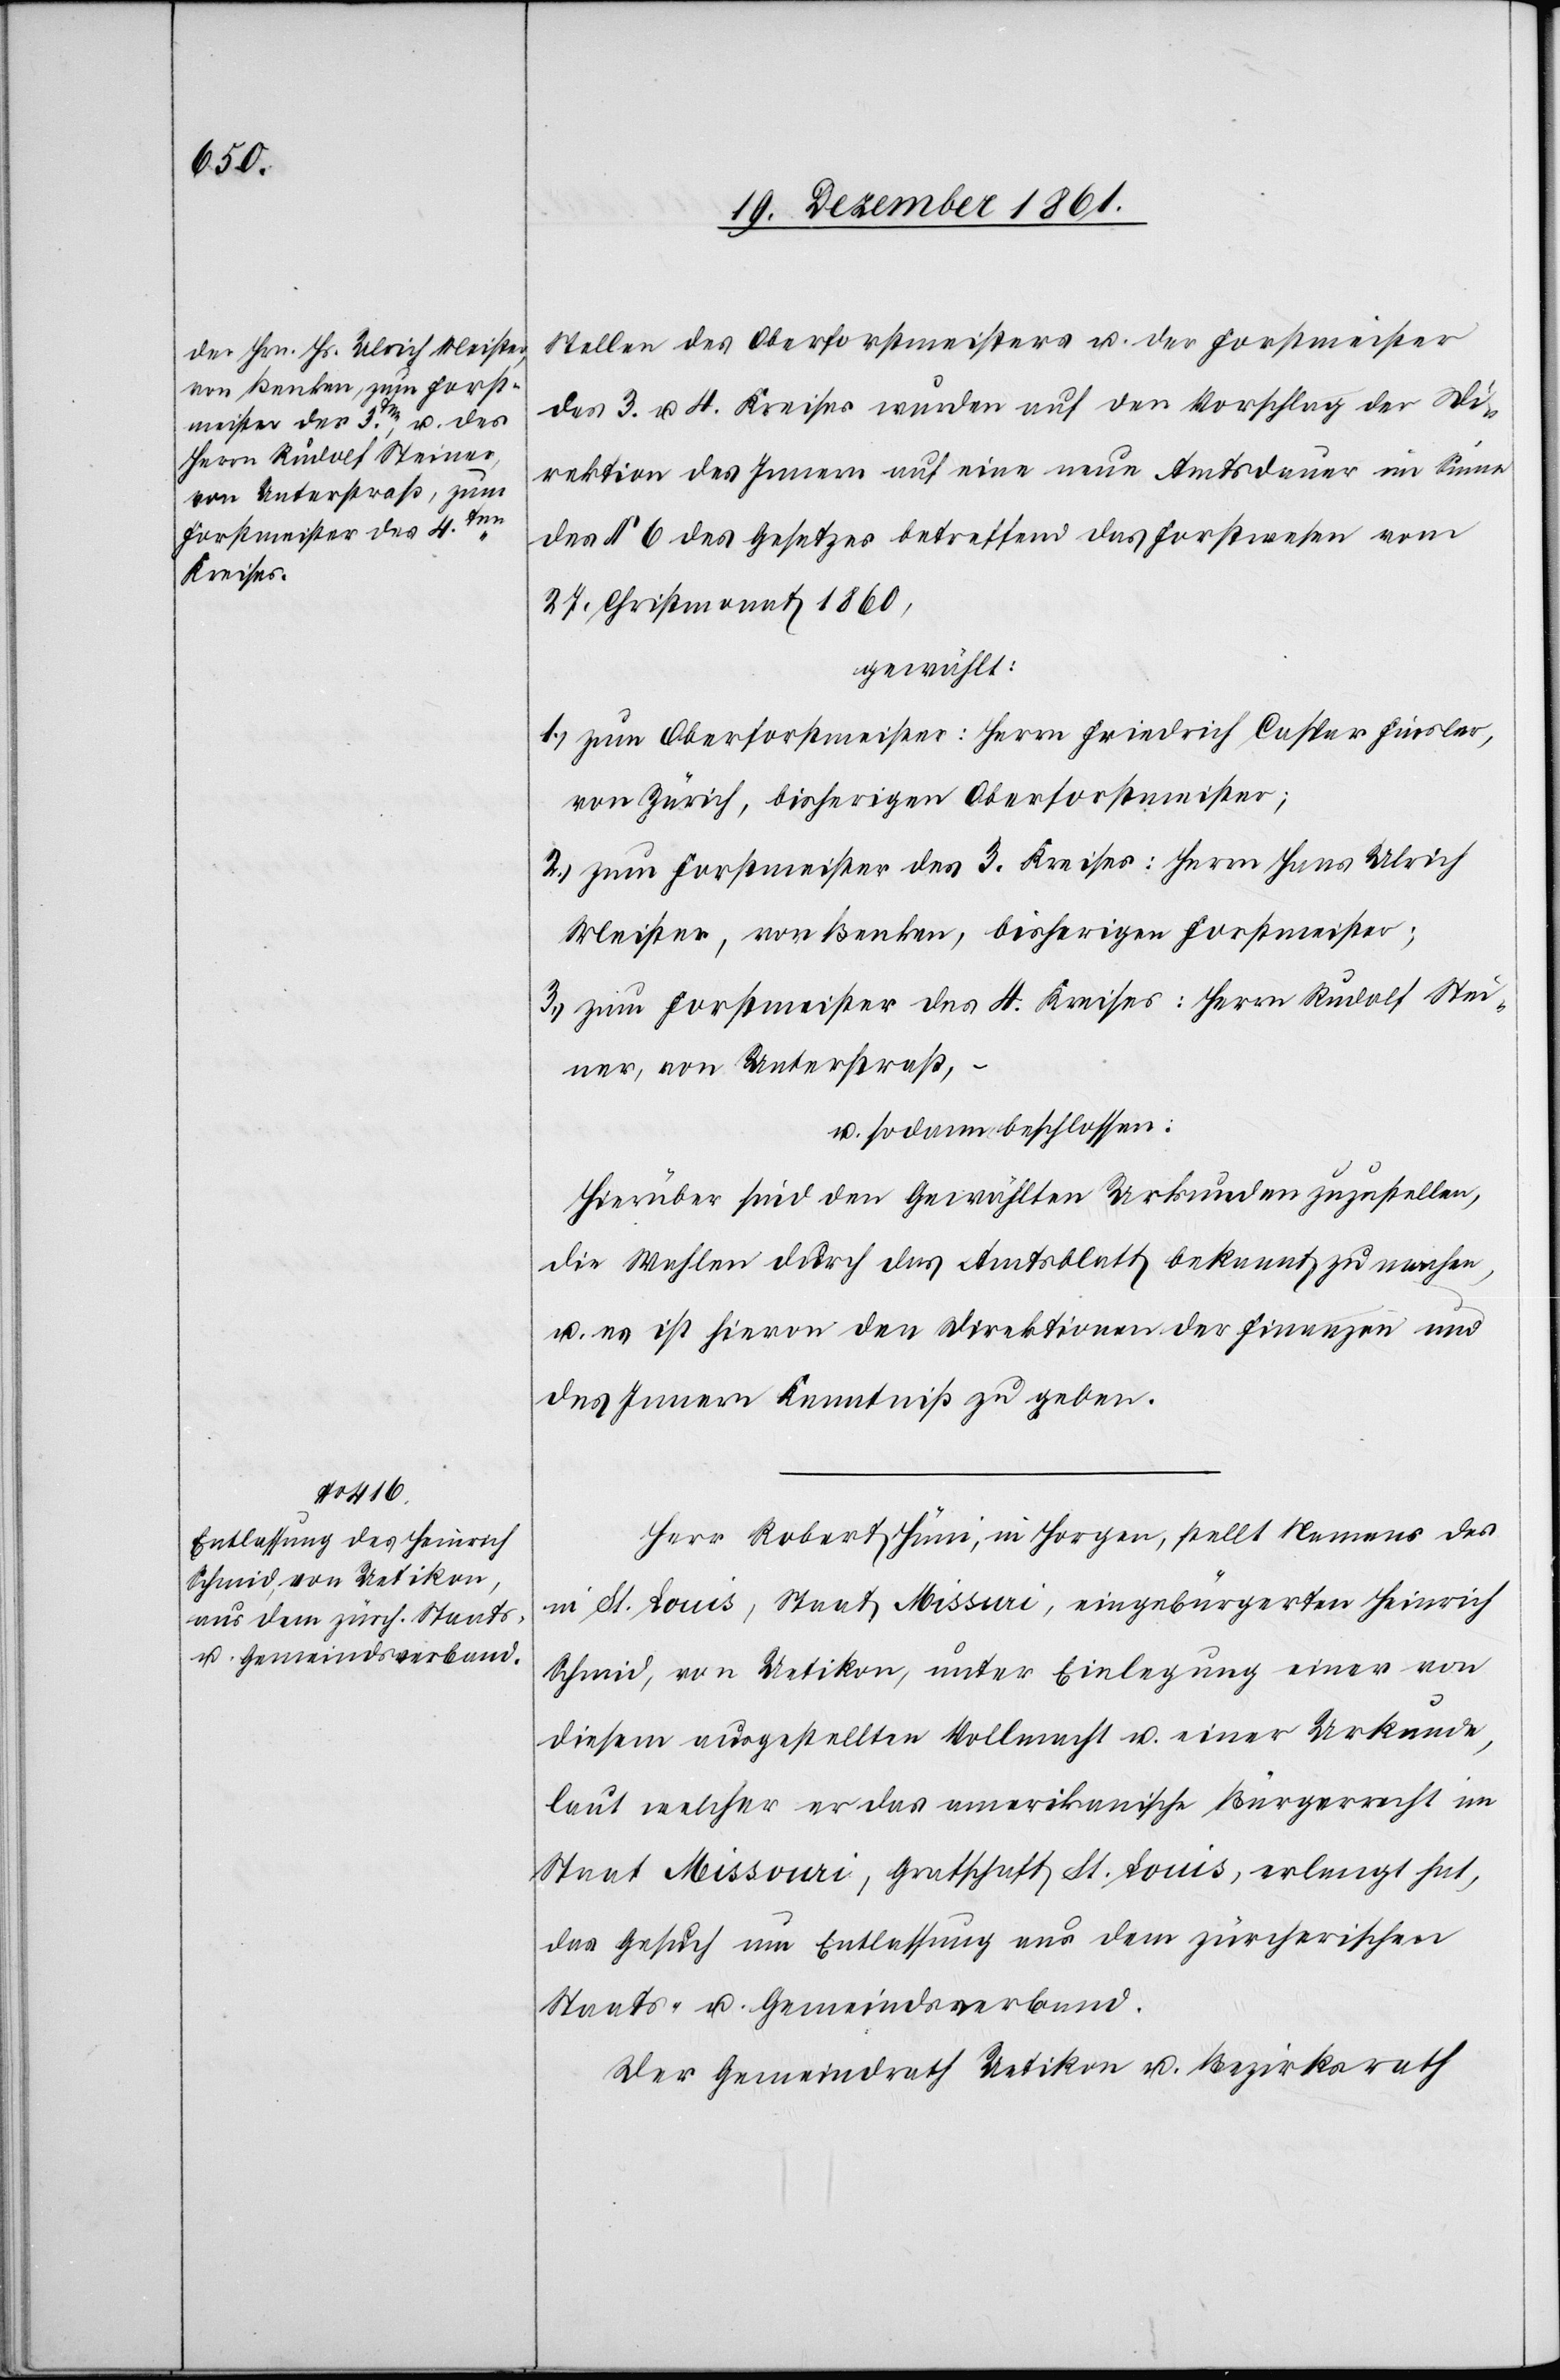
Stellen des Oberforstmeisters u. der Forstmeister
des 3. u. 4 Kreises wurden auf den Vorschlag der Di¬
rektion des Innern auf eine neue Amtsdauer im Sinne
des § 6 des Gesetzes betreffend das Forstwesen vom
27 Christmonat 1860,
gewählt:
1.) zum Oberforstmeister: Herrn Friedrich Caspar Finsler,
von Zürich, bisherigen Oberforstmeister;
2.) zum Forstmeister des 3 Kreises: Herrn Hans Ulrich
Meister, von Benken, bisherigen Forstmeister;
3.) zum Forstmeister des 4 Kreises: Herrn Rudolf Stei¬
ner, von Unterstraß, –
u. sodann beschlossen:
Hierüber sind den Gewählten Urkunden zuzustellen,
die Wahlen durch das Amtsblatt bekannt zu machen,
u. es ist hievon den Direktion der Finanzen und
des Innern Kenntniß zu geben.
Herr Robert Hüni, in Horgen, stellt Namens des
in St. Louis, Staat Missuri [sic!], eingebürgerten Heinrich
Schmid, von Uetikon, unter Einlegung einer von
diesem ausgestellten Vollmacht u. einer Urkunde,
laut welcher er das amerikanische Bürgerrecht im
Staat Missouri, Grafschaft St. Louis, erlangt hat,
das Gesuch um Entlassung aus dem zürcherischen
Staats- u. Gemeindsverband.
Der Gemeindrath Uetikon u. Bezirksrath